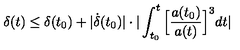
\delta ( t ) \leq \delta ( t _ { 0 } ) + | \dot { \delta } ( t _ { 0 } ) | \cdot | \int _ { t _ { 0 } } ^ { t } \Big [ \frac { a ( t _ { 0 } ) } { a ( t ) } \Big ] ^ { 3 } d t |